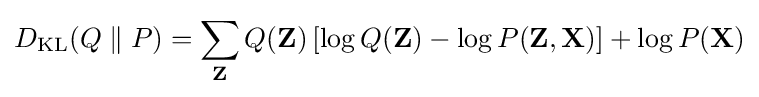
D_{\mathrm {KL} }(Q\parallel P)=\sum _{\mathbf {Z} }Q(\mathbf {Z} )\left[\log Q(\mathbf {Z} )-\log P(\mathbf {Z} ,\mathbf {X} )\right]+\log P(\mathbf {X} )